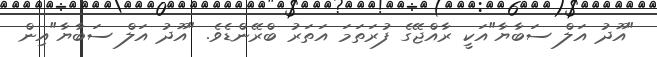
"އޫދު އަލް ސަބާޔާ"އަކީ ރާއްޖޭގެ ފުރަތަމަ އަތަރު ބްރޭންޑެވެ. "އޫދު އަލް ސަބާޔާ"އިން